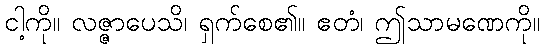
ငါ့ကို။ လဇ္ဇာပေသိ၊ ရှက်စေ၏။ ဧတံ၊ ဤသာမဏေကို။